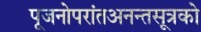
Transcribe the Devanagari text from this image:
पूजनोपरांतअनन्तसूत्रको